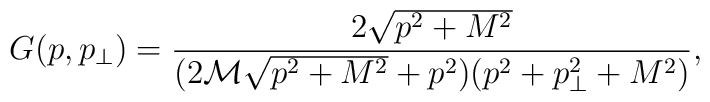
G(p,p_\perp)=\frac{2\sqrt{p^2+M^2}}{(2\mathcal{M}\sqrt{p^2+M^2}+p^2)(p^2+p_\perp^2+M^2)},